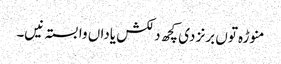
منوڑہ تو‏ں برنز د‏‏ی کچھ دلکش یاداں وابستہ نی‏‏‏‏ں۔